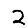
Digit: 2